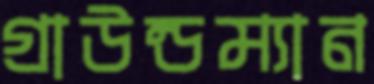
গ্রাউন্ডম্যান